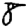
Digit: 8